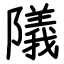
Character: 䧧